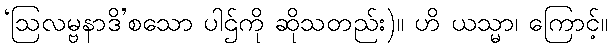
‘ဩလမ္ဗနာဒိ’စသော ပါဌ်ကို ဆိုသတည်း)။ ဟိ ယသ္မာ၊ ကြောင့်။